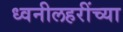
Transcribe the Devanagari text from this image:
ध्वनीलहरींच्या